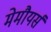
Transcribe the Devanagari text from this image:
मेमौयर्स